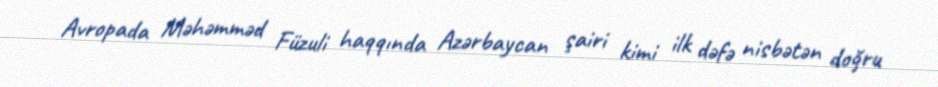
Avropada Məhəmməd Füzuli haqqında Azərbaycan şairi kimi ilk dəfə nisbətən doğru